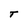
Character: T